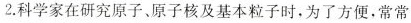
2.科学家在研究原子，原子核及基本粒子时，为了方便，常常